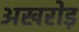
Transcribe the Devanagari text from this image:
अखरोड़